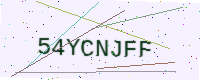
Text: 54YCNJFF